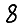
Digit: 8